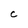
Character: C